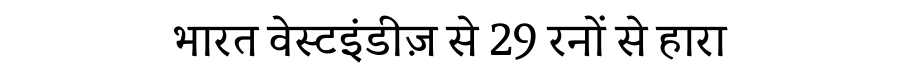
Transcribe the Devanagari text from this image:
भारत वेस्टइंडीज़ से 29 रनों से हारा